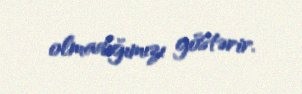
olmadığımızı göstərir.